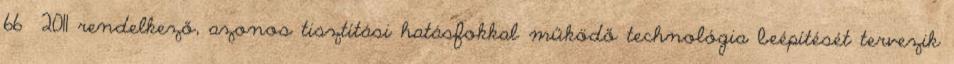
66 2011 rendelkező, azonos tisztítási hatásfokkal működő technológia beépítését tervezik